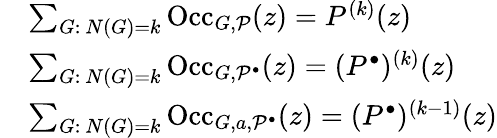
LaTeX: \begin{array}{rl}&{\sum_{G:\ N(G)=k}\mathrm{Occ}_{G,\mathcal{P}}(z)=P^{(k)}(z)}\\ &{\sum_{G:\ N(G)=k}\mathrm{Occ}_{G,\mathcal{P}^{\bullet}}(z)=(P^{\bullet})^{(k)}(z)}\\ &{\sum_{G:\ N(G)=k}\mathrm{Occ}_{G,a,\mathcal{P}^{\bullet}}(z)=(P^{\bullet})^{(k-1)}(z)}\end{array}